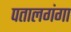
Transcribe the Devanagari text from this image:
पतालगंगा